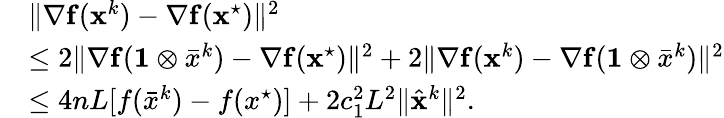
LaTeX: \begin{array}{rl}&{\| {\nabla}\mathbf{f}(\mathbf{x}^{k})-{\nabla}{\mathbf{f}}({\mathbf{x}}^{\star})\| ^{2}}\\ &{\leq 2\| {\nabla}\mathbf{f}(\mathbf{1}\otimes\bar{x}^{k})-{\nabla}\mathbf{f}({\mathbf{x}}^{\star})\| ^{2}+2\| {\nabla}\mathbf{f}(\mathbf{x}^{k})-{\nabla}\mathbf{f}(\mathbf{1}\otimes\bar{x}^{k})\| ^{2}}\\ &{\leq 4nL[f(\bar{x}^{k})-f(x^{\star})]+2c_{1}^{2}L^{2}\| \hat{{\mathbf{x}}}^{k}\| ^{2}.}\end{array}